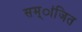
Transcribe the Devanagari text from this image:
सम्ांजित